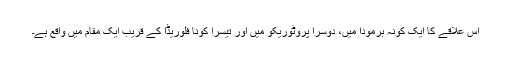
اس علاقے کا ایک کونہ برمودا میں، دوسرا پروٹوریکو میں اور تیسرا کونا فلوریڈا کے قریب ایک مقام میں واقع ہے۔